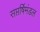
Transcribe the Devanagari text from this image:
सप्तर्षिमंडल